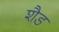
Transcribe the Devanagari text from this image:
शैड